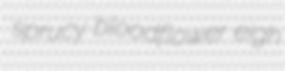
sprucy bloodflower eigh